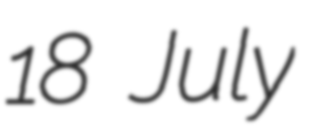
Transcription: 18 July